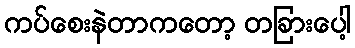
ကပ်စေးနဲတာကတော့ တခြားပေါ့